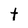
Character: t